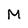
Character: M